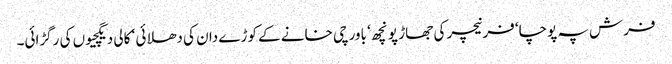
فرش پہ پوچا‘ فرنیچر کی جھاڑ پونچھ ‘ باورچی خانے کے کوڑے دان کی دھلائی ‘ کالی دیگچیوں کی رگڑائی۔